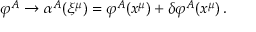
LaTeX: \varphi ^ { A } \rightarrow \alpha ^ { A } ( \xi ^ { \mu } ) = \varphi ^ { A } ( x ^ { \mu } ) + \delta \varphi ^ { A } ( x ^ { \mu } ) \, .